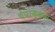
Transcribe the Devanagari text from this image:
चेपाक्कम